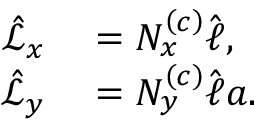
\begin{array} { r l } { \hat { \mathcal { L } } _ { x } } & { { } = N _ { x } ^ { \left( c \right) } \hat { \ell } , } \\ { \hat { \mathcal { L } } _ { y } } & { { } = N _ { y } ^ { \left( c \right) } \hat { \ell } a . } \end{array}